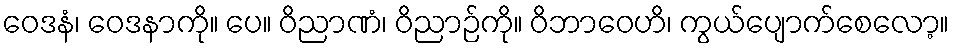
ဝေဒနံ၊ ဝေဒနာကို။ ပေ။ ဝိညာဏံ၊ ဝိညာဉ်ကို။ ဝိဘာဝေဟိ၊ ကွယ်ပျောက်စေလော့။